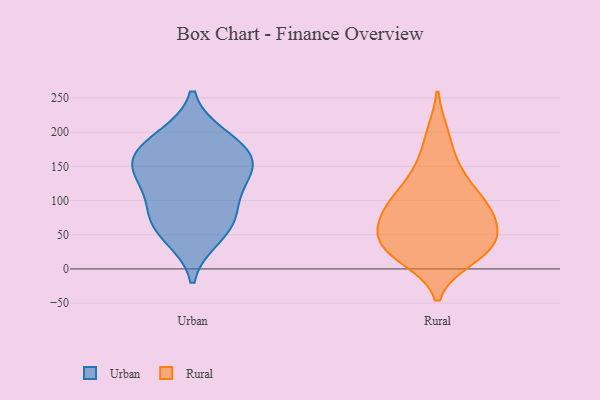
{"axis": {"x": "Market Share (%)", "y": "Value"}, "legend": ["Rural", "Urban"], "data": [{"x": "", "y": 73, "type": "Urban"}, {"x": "", "y": 148, "type": "Urban"}, {"x": "", "y": 181, "type": "Urban"}, {"x": "", "y": 167, "type": "Urban"}, {"x": "", "y": 146, "type": "Urban"}, {"x": "", "y": 102, "type": "Urban"}, {"x": "", "y": 135, "type": "Urban"}, {"x": "", "y": 47, "type": "Urban"}, {"x": "", "y": 192, "type": "Urban"}, {"x": "", "y": 69, "type": "Urban"}, {"x": "", "y": 151, "type": "Rural"}, {"x": "", "y": 100, "type": "Rural"}, {"x": "", "y": 55, "type": "Rural"}, {"x": "", "y": 16, "type": "Rural"}, {"x": "", "y": 27, "type": "Rural"}, {"x": "", "y": 33, "type": "Rural"}, {"x": "", "y": 50, "type": "Rural"}, {"x": "", "y": 90, "type": "Rural"}, {"x": "", "y": 23, "type": "Rural"}, {"x": "", "y": 87, "type": "Rural"}, {"x": "", "y": 57, "type": "Rural"}, {"x": "", "y": 131, "type": "Rural"}, {"x": "", "y": 197, "type": "Rural"}, {"x": "", "y": 92, "type": "Rural"}]}